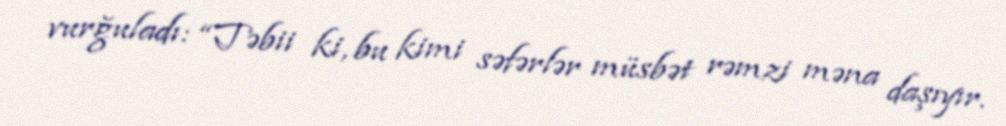
vurğuladı: “Təbii ki, bu kimi səfərlər müsbət rəmzi məna daşıyır.